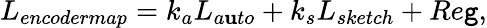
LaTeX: L_{encodermap}=k_{a}L_{a\mathbf{u}to}+k_{s}L_{sketch}+Re\mathtt{g},